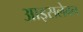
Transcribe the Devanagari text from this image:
आइसलेबन